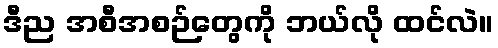
ဒီည အစီအစဉ်တွေကို ဘယ်လို ထင်လဲ။